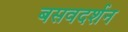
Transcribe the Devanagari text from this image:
बसवदर्शन